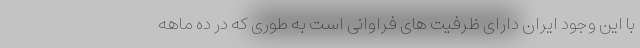
با این وجود ایران دارای ظرفیت های فراوانی است به طوری که در ده ماهه